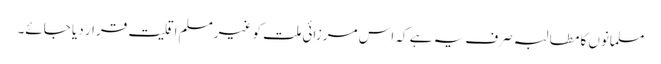
مسلمانوں کا مطالبہ صرف یہ ہے کہ اس مرزائی ملت کو غیرمسلم اقلیت قرار دیا جائے۔